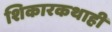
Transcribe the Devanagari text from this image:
शिकारकथाही